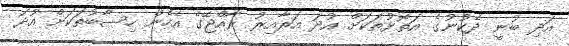
އަދި ބުނީ ދެކުނުގެ އަތޮޅުތަކަށް އުދަ އަރާއިރު ރާއްޖޭގެ އެހެން ހިސާބުތަކަށް އުދަ